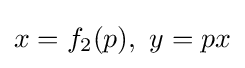
x=f_{2}(p),\ y=px